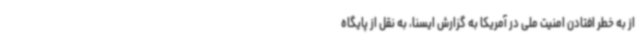
از به خطر افتادن امنیت ملی در آمریکا به گزارش ایسنا، به نقل از پایگاه